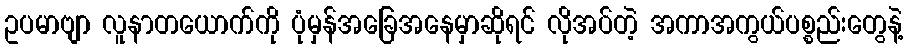
ဥပမာဗျာ လူနာတယောက်ကို ပုံမှန်အခြေအနေမှာဆိုရင် လိုအပ်တဲ့ အကာအကွယ်ပစ္စည်းတွေနဲ့